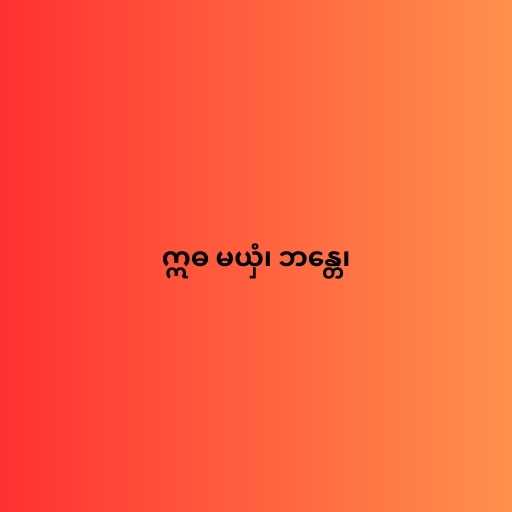
ဣဓ မယှံ၊ ဘန္တေ၊